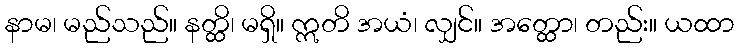
နာမ၊ မည်သည်။ နတ္ထိ၊ မရှိ။ ဣတိ အယံ၊ လျှင်။ အတ္ထော၊ တည်း။ ယထာ